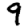
Digit: 9